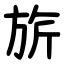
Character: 旂